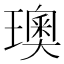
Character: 𪼣